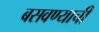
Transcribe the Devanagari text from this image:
बसवण्याची